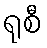
ရုစီ